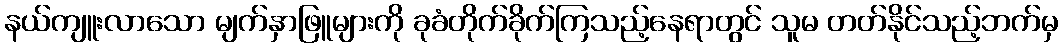
နယ်ကျူးလာသော မျက်နှာဖြူများကို ခုခံတိုက်ခိုက်ကြသည့်နေရာတွင် သူမ တတ်နိုင်သည့်ဘက်မှ